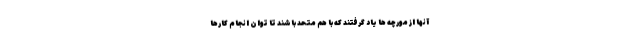
آنها از مورچه ها یاد گرفتند که با هم متحد باشند تا توان انجام کارها